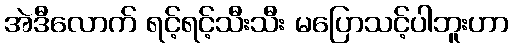
အဲဒီလောက် ရင့်ရင့်သီးသီး မပြောသင့်ပါဘူးဟာ